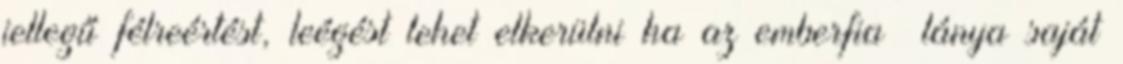
jellegű félreértést, leégést lehet elkerülni ha az emberfia lánya saját